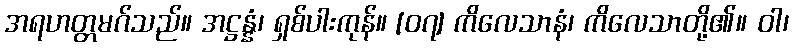
အရဟတ္တမဂ်သည်။ အဋ္ဌန္နံ၊ ရှစ်ပါးကုန်။ [၀၇] ကိလေသာနံ၊ ကိလေသာတို့၏။ ဝါ၊